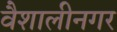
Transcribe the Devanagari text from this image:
वैशालीनगर